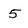
Character: 5